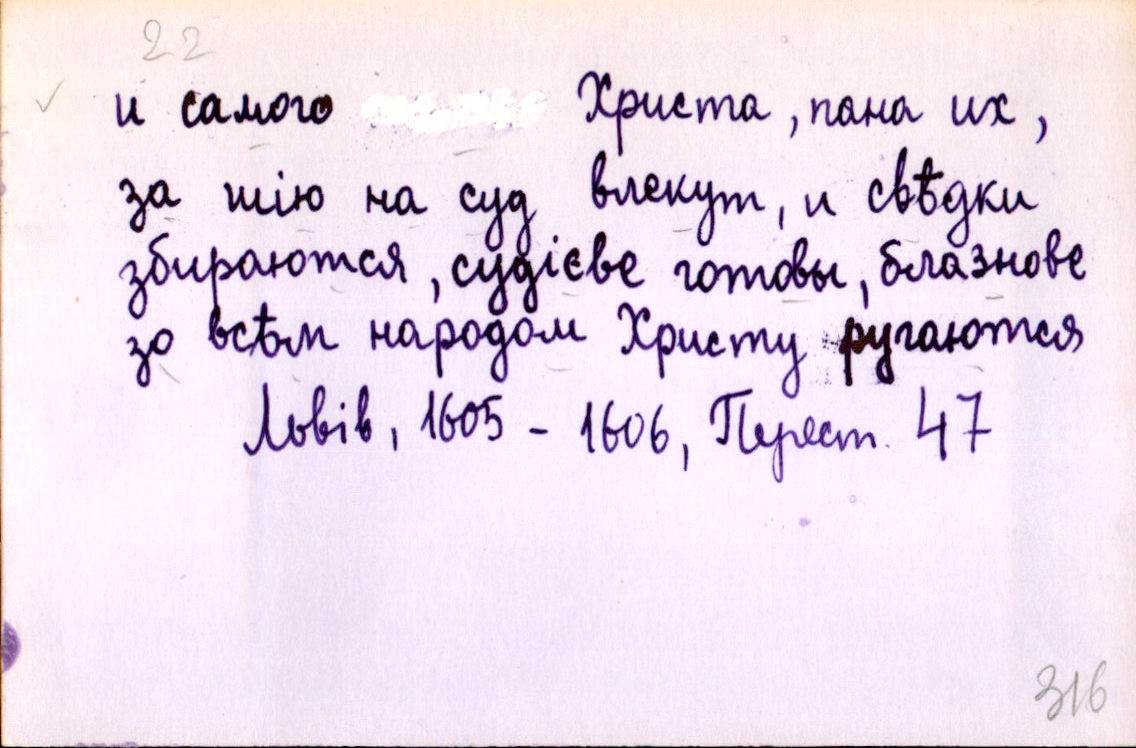
и самого  Христа, пана их,
за шію на суд влекут, и свѣдки
збираются, судієве готовы, блазнове
зо всѣм народом Христу ругаются
Львів, 1605 - 1606, Перест. 47